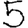
Digit: 5